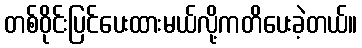
တစ်ဝိုင်းပြင်ပေးထားမယ်လို့ကတိပေးခဲ့တယ်။